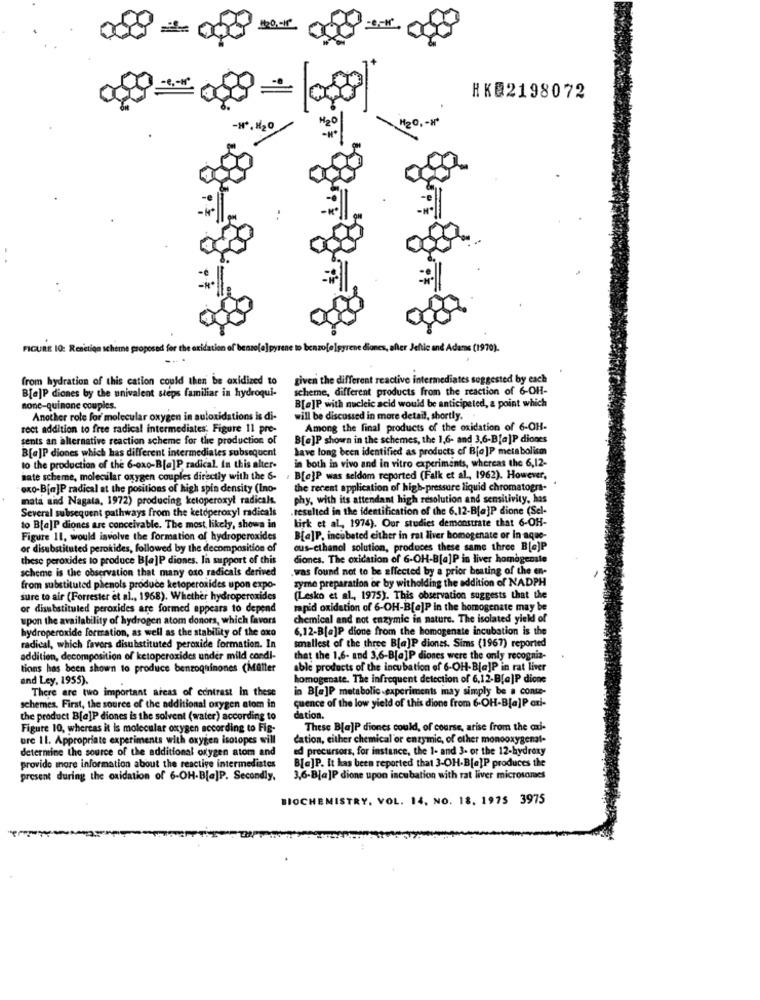
9- 08
HKQ2198072
"20, - x"
-H *. H20
FIGURE IQ: Renetion scheme proposed for the oxidation of bensofa]pyrene to benzofølgyrene diones, after Jeltic and Adams (1970).
from hydration of this cation could then be oxidized to
given the different reactive intermediates suggested by each
B[e]P diones by the univalent steps familiar in hydroqui-
scheme, different products from the reaction of 6-OH-
none-quinone couples.
B[e]P with nucleic acid would be anticipeted, a point which
Another role for molecular oxygen in auloxidations is di-
will be discussed in more detail, shortly.
rect addition to free radical intermediates. Figure 11 pre-
Among the final products of the oxidation of 6-OH-
sents an alternative reaction scheme for the production of
B[e]P shown in the schemes, the 1,6- and 3,6-B[a]P diones
B[a]P diones which has different intermediates subsequent
have long been identified as products of B[a]P metabolism
in both in vivo and in vitro experiments, whereas the 6,12-
to the production of the 6-oxo-B[a]P radical. In this alter-
nate scheme, molecular oxygen couples directly with the S-
B[e]P was seldom reported (Falk et al ., 1962). However,
oxo-B[a]P radical at the positions of high spin density (Ino-
the recent application of high-pressure liquid chromatogra-
mata and Nagata, 1972) producing ketoperoxyl radicals.
phy, with its attendant high resolution and sensitivity, has
Several subsequent pathways from the ketoperoxyl radicals
resulted in the identification of the 6.12-B[a]P dione (Sel-
birk et al ., 1974). Our studies demonstrate that 6-OH-
to B[a]P diones are conceivable. The most, likely, shows in
Figure 11, would involve the formation of hydroperoxides
B[a]P, incubated either in rat liver homogenate or in aque-
or disubstituted perokides, followed by the decomposition of
ous-cthanol solution, produces these same three B[e]P
these peroxides to produce B[a]P diones. In support of this
diones. The oxidation of 6-OH-B[a]P in liver homogensle
scheme is the observation that many oxo radicals derived
.was found not to be affected by a prior boating of the en-
zyme preparation or by witholding the addition of NADPH
from substituted phenols produce ketoperoxides upon expo-
sure to air (Forrester et al ., 1968). Whether hydroperoxides
(Lesko et al ., 1975). This observation suggests that the
or disubstituled peroxides are formed appears to depend
rapid oxidation of 6-OH-B[e]P in the homogenate may be
upon the availability of hydrogen atom donors, which favors
chemical and not enzymic in nature. The isolated yield of
hydroperoxide formation, as well as the stability of the axo
6,12-B[a]P dione from the homogenate incubation is the
radical, which favors disubstituted peroxide formation. In
smallest of the three B[a]P diones. Sims (1967) reported
addition, decomposition of ketoperoxides under mild condi-
that the 1.6- and 3,6-B[a]P diones were the only recogniz-
tions has been shown to produce benzoquinones (Maller
able products of the incubation of 6-OH-BjaJP in rat liver
and Ley, 1955).
homogenate. The infrequent detection of 6,12-B[a]P dione
There are two important areas of contrast In these
in B[e]P metabolic .experiments may simply be a conte-
quence of the low yield of this dione from 6-OH-B[a]P axi-
schemes. First, the source of the additional oxygen atom in
the product B[a]P diones is the solvent (water) according to
dation.
Figure 10, whereas it is molecular oxygen according to Fig-
These B[a]P diones could, of course, arise from the cai-
ure 11. Appropriate experiments with oxygen isotopes will
cation, either chemical'or enzymic, of other monooxygenal-
determine the source of the additional oxygen atom and
ed precursors, for instance, the 1- and 3- or the 12-hydroxy
B[a]P. It has been reported that 3-OH-B[e]P produces the
provide more information about the reactive intermediates
present during the oxidation of 6-OH-B[a]P. Secondly,
3,6-B[a]P dione upon incubation with rat liver microsomes
BIOCHEMISTRY, VOL. 14, NO. 18. 1975 3975